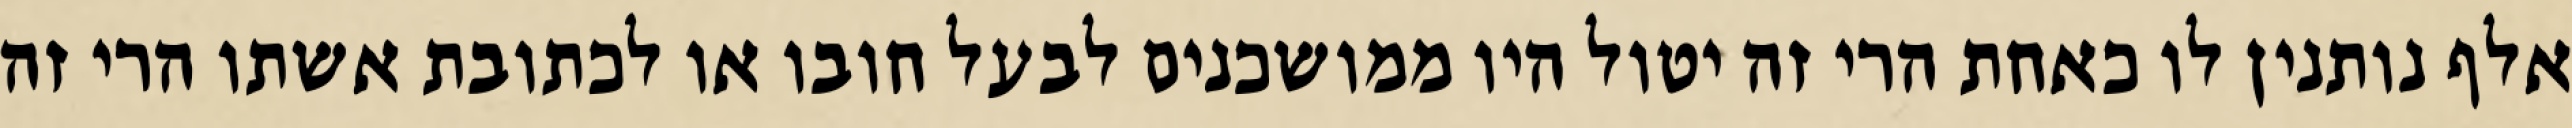
אלף נותנין לו כאחת הרי זה יטול היו ממושכנים לבעל חובו או לכתובת אשתו הרי זה